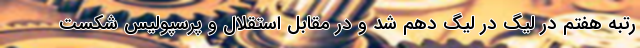
رتبه هفتم در لیگ در لیگ دهم شد و در مقابل استقلال و پرسپولیس شکست